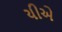
યીએ